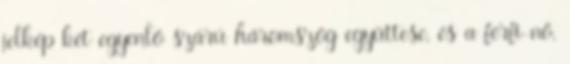
jelkép két egyenlő szárú háromszög együttese, és a férfi-nő,